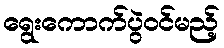
ရွေးကောက်ပွဲဝင်မည့်